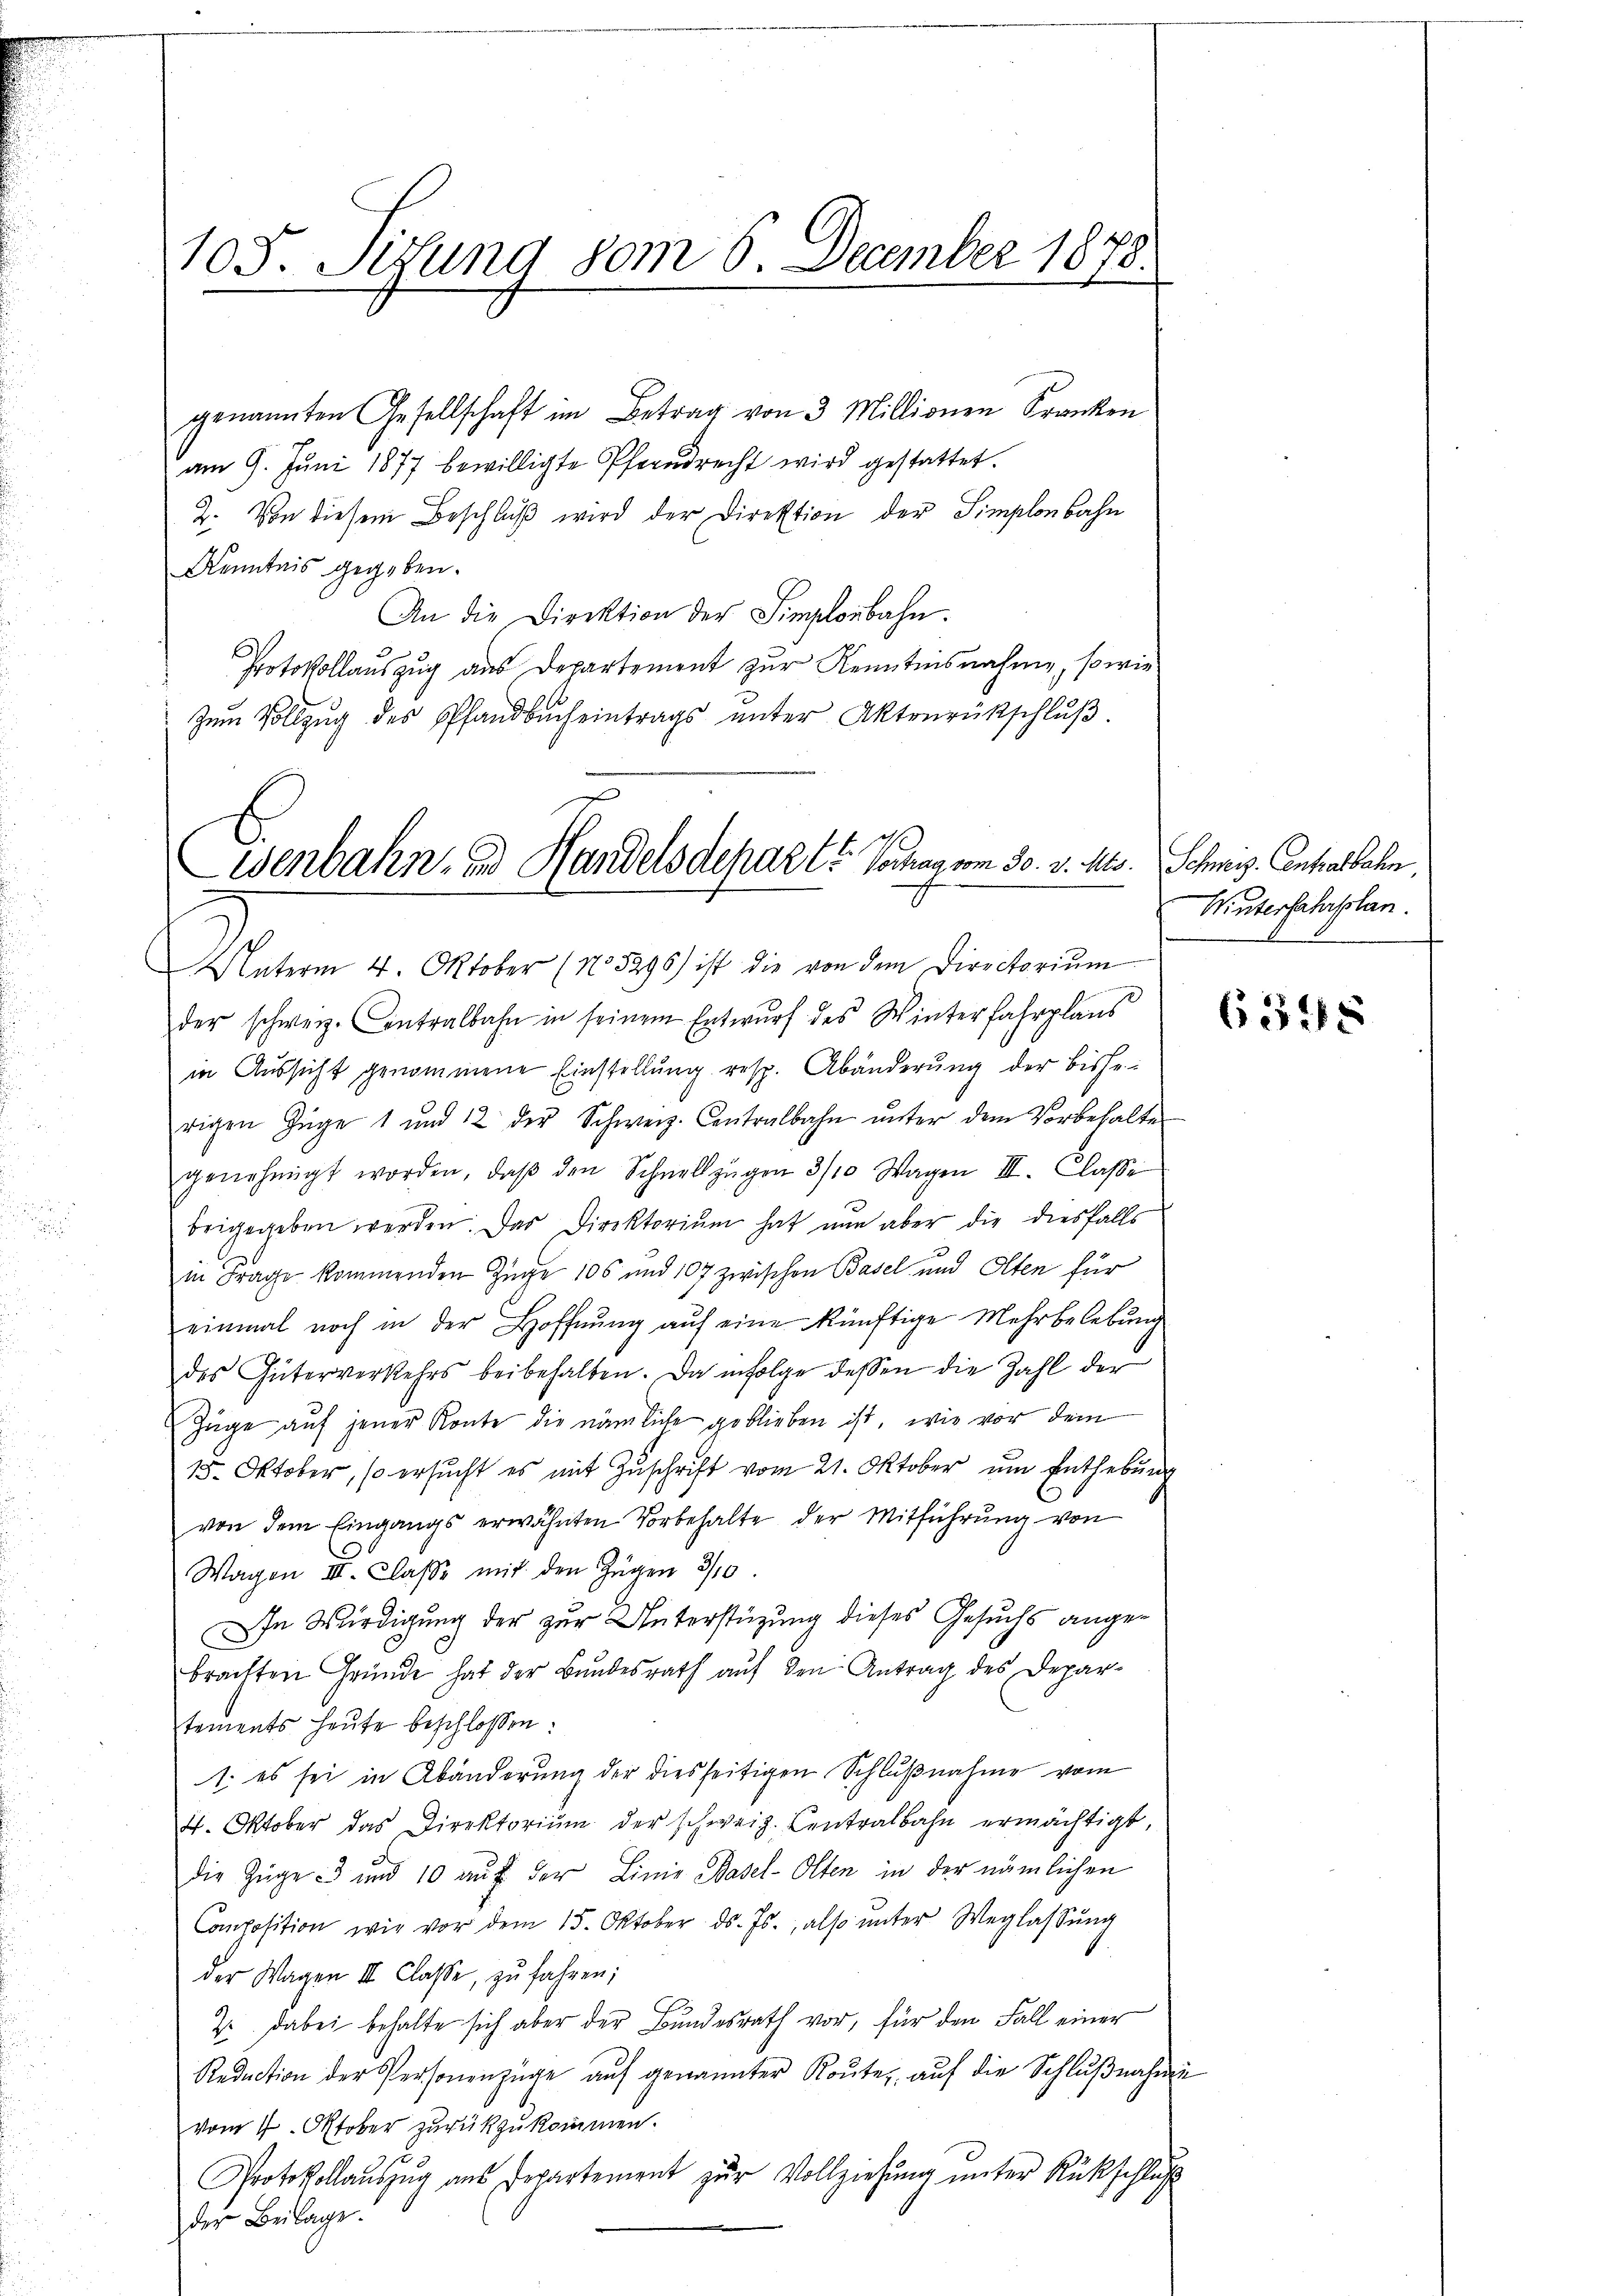
genannten Gesellschaft im Betrag von 3 Millionen Kranken
am 9. Jŭni 1877 bewilligte Pfarrdrecht wird gestattet.
2. Von diesem Beschlŭβ wird der Direktion der Simplonbahn
Kenntnis gegeben.
An die Direktion der Finglerbahn.
Protokollauszug aus Departement zur Kenntnisnahme, sowie
Zŭm Vollzŭg des Pfandbucheintrags ŭnter Aktenrückschlŭβ

105. Sizung vom 6. December 1878.
d

esenbahn- und Handelsdeparte Verhag vom 30. v. Mts. Schwyz. Antralbahn,

Unterm 4. Oktober (N.5296) ist die von dem Directoriŭm
der schweiz. Contralbahn in seinem Entwurf des Winterfahrplans

in Aussicht genommene Einstellung resp. Abänderung der bisherigen Züge 1 und 12 der Schweiz. Centralbahn ŭnter dem Vorbehalte
genehmigt worden, daβ den Schnellzügen 3/10 Wagen III. Classe
beigegeben werden. Das Direktorium hat nun aber die diesfalls
in Frage kommenden Züge 105 und 107 zwischen Basel und Olten für
einmal noch in der Hoffnŭng aŭf eine künftige Mehrbelebŭng
des Güterverkehrs beibehalten. Da infolge dessen die Zahl der
Züge auf jener Konte die nämliche geblieben ist, wie vor dem
15. Oktober, so ersŭcht es mit Zŭschrift vom 21. Oktober um Enthebung
von dem Eingangs erwähnten Vorbehalte der Mitführung von
Wagen II. Claße mit den Zügen 3/10
In Würdigung der zur Unterstüzung dieses Gesuchs angebrachten Gründe hat der Bundesrath auf den Antrag des Deparstements heute beschlossen:
1. es sei in Abänderung der diesseitigen Schlußnahme vom
4. Oktober das Direktoriŭm der schweiz. Centralbahn ermächtigt,
die Züge 3 und 10 aŭf der Linie Basel-Olten in der nämlichen
Composition wie vor dem 15. Oktober ds. Js., also unter Weglassŭng
der Wagen II Classe, zu fahren;
2. dabei behalte sich aber der Bundesrath vor, für den Fall einer
Redŭction der Personenzüge auf genannter Route, auf die Schlußnahme
vom 7. Oktober zurückzukommen.
Protokollaŭszŭg aŭs Departement zŭr Vollziehŭng ŭnter Rückschlŭβ
der Beilage.

Winterfahrplan.

6348